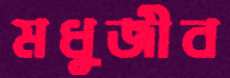
মধুজীব